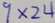
9 \times 2 4